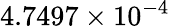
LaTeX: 4.7497\times 10^{-4}